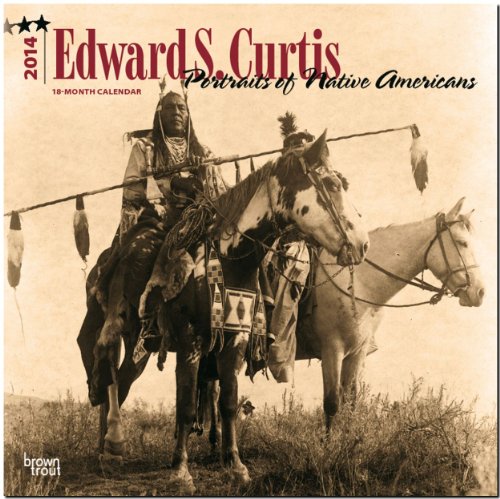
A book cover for Portraits of Native Americans Calendar (Multilingual Edition); Calendars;